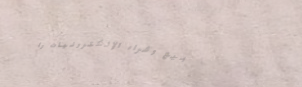
بيع وشراء الإلكترونيات وا